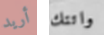
أريد واتتك